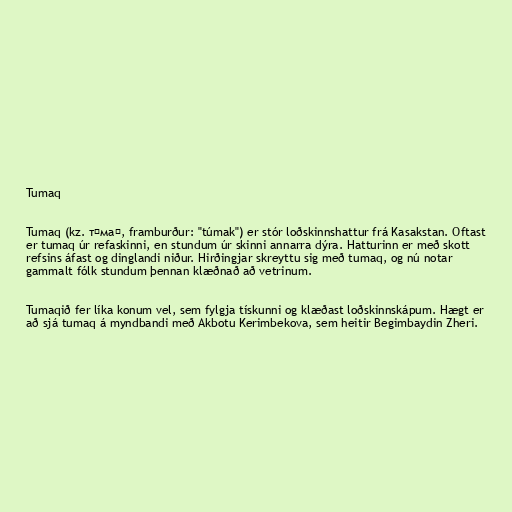
Tumaq

Tumaq (kz. тұмақ, framburður: "túmak") er stór loðskinnshattur frá Kasakstan. Oftast
er tumaq úr refaskinni, en stundum úr skinni annarra dýra. Hatturinn er með skott
refsins áfast og dinglandi niður. Hirðingjar skreyttu sig með tumaq, og nú notar
gammalt fólk stundum þennan klæðnað að vetrinum.

Tumaqið fer líka konum vel, sem fylgja tískunni og klæðast loðskinnskápum. Hægt er
að sjá tumaq á myndbandi með Akbotu Kerimbekova, sem heitir Begimbaydin Zheri.